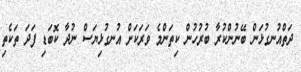
ދަތްއުނގުޅަން ބޭނުންކުރާ ބުރުހުން ކިތަންމެ ވަރަކަށް އުނގުޅިޔަސް ނުދާ ކޮބަޑި ފަދަ ތަކެތި